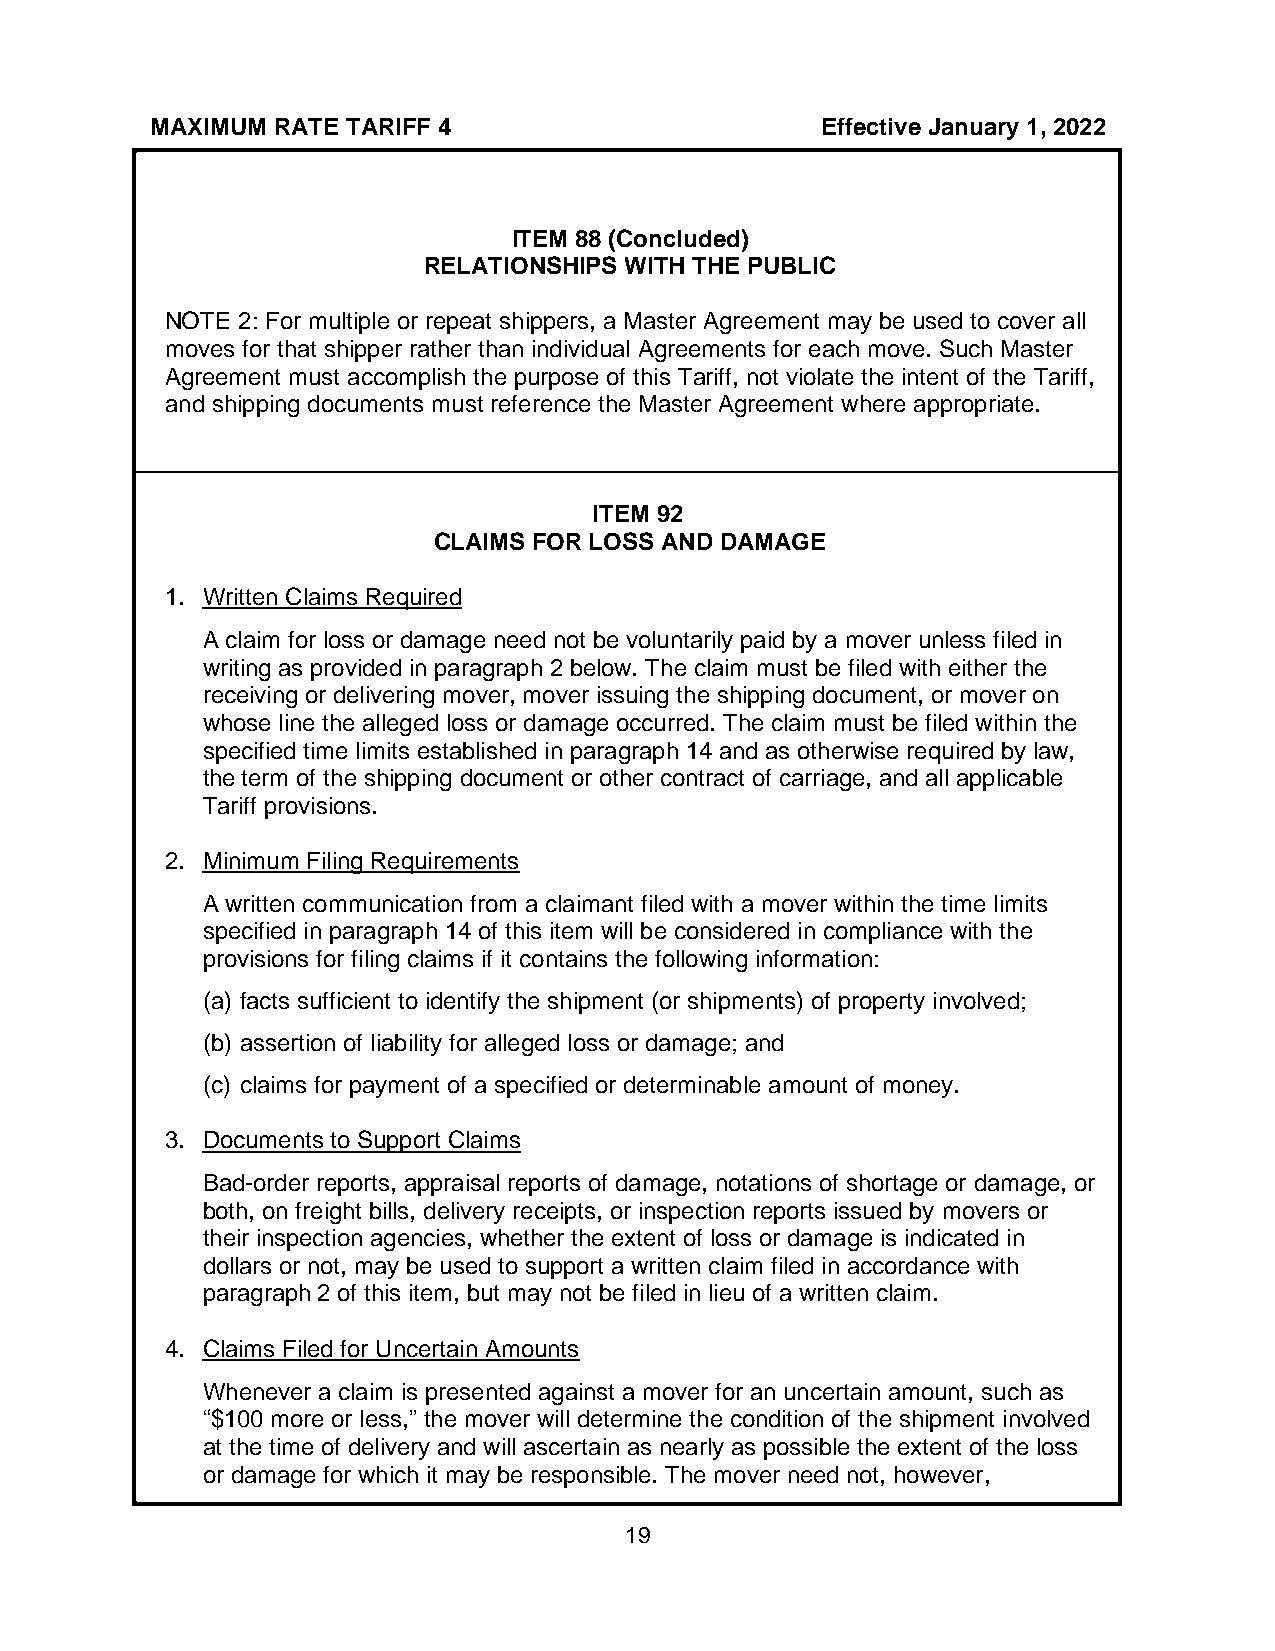
MAXIMUM RATE TARIFF 4                       Effective January 1, 2022
 ITEM 88 (Concluded)
 RELATIONSHIPS WITH THE PUBLIC
 NOTE 2: For multiple or repeat shippers, a Master Agreement may be used to cover all
 moves for that shipper rather than individual Agreements for each move. Such Master
 Agreement must accomplish the purpose of this Tariff, not violate the intent of the Tariff,
 and shipping documents must reference the Master Agreement where appropriate.
 ITEM 92
 CLAIMS FOR LOSS AND DAMAGE
 1. Written Claims Required
 A claim for loss or damage need not be voluntarily paid by a mover unless filed in
 writing as provided in paragraph 2 below. The claim must be filed with either the
 receiving or delivering mover, mover issuing the shipping document, or mover on
 whose line the alleged loss or damage occurred. The claim must be filed within the
 specified time limits established in paragraph 14 and as otherwise required by law,
 the term of the shipping document or other contract of carriage, and all applicable
 Tariff provisions.
 2. Minimum Filing Requirements
 A written communication from a claimant filed with a mover within the time limits
 specified in paragraph 14 of this item will be considered in compliance with the
 provisions for filing claims if it contains the following information:
 (a) facts sufficient to identify the shipment (or shipments) of property involved;
 (b) assertion of liability for alleged loss or damage; and
 (c) claims for payment of a specified or determinable amount of money.
 3. Documents to Support Claims
 Bad-order reports, appraisal reports of damage, notations of shortage or damage, or
 both, on freight bills, delivery receipts, or inspection reports issued by movers or
 their inspection agencies, whether the extent of loss or damage is indicated in
 dollars or not, may be used to support a written claim filed in accordance with
 paragraph 2 of this item, but may not be filed in lieu of a written claim.
 4. Claims Filed for Uncertain Amounts
 Whenever a claim is presented against a mover for an uncertain amount, such as
 “$100 more or less,” the mover will determine the condition of the shipment involved
 at the time of delivery and will ascertain as nearly as possible the extent of the loss
 or damage for which it may be responsible. The mover need not, however,
 19